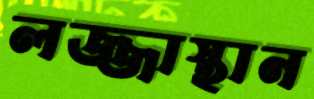
লজ্জাস্থান